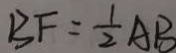
B F = \frac { 1 } { 2 } A B